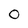
Character: O